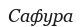
Сафура